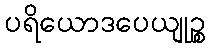
ပရိယောဒပေယျုဉ္စ